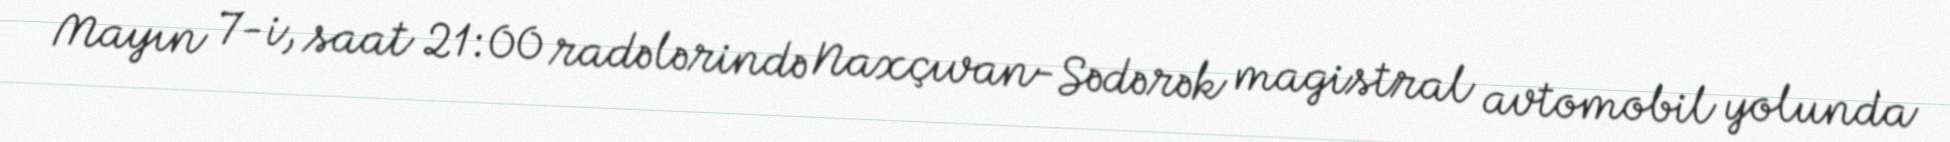
Mayın 7-i, saat 21:00 radələrində Naxçıvan-Sədərək magistral avtomobil yolunda